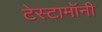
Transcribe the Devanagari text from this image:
टेस्टामॉनी